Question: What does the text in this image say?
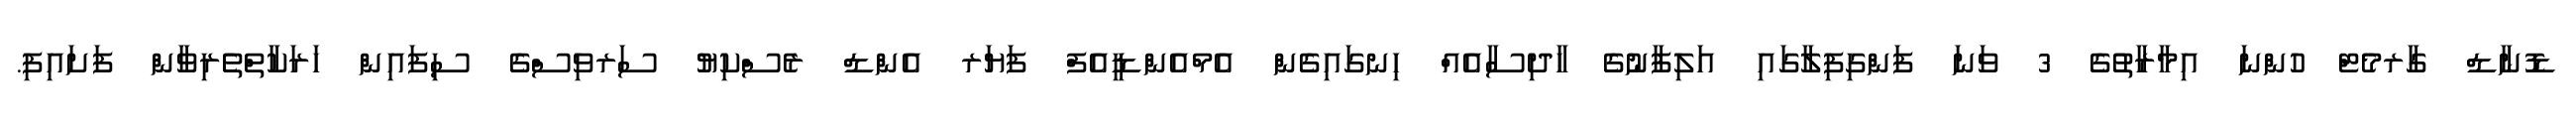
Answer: ޑޮނާޑް ގާރމެޓް ހުންނަ އިމާރާތުގެ 3 ވަނަ ފަންގިފިލާގައި އަލިފާނުގެ ހާދިސާއެއް ހިނގައިގެން އެމްއެންޑީއެފް ފަޔަރ އެންޑް ރެސްކިޔު ސަރވިސްގެ ސިފައިން ހަރަކާތްތެރިވާން ފަށައިފި.